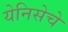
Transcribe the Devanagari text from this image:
येनिसेचे